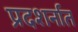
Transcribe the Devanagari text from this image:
प्रदशर्नात